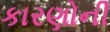
કારણોની